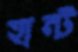
হান্ট